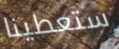
ستعطينا